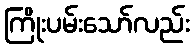
ကြိုးပမ်းသော်လည်း